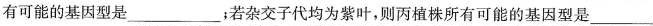
有可能的基因型是___；若杂交子代均为紫叶，则丙植株所有可能的基因型是___